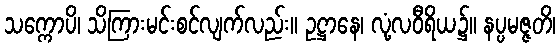
သက္ကောပိ၊ သိကြားမင်းစင်လျက်လည်း။ ဥဋ္ဌာနေ၊ လုံ့လဝီရိယ၌။ နပ္ပမဇ္ဇတိ၊